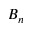
B _ { n }